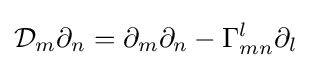
{\mathcal {D}}_{m}\partial _{n}=\partial _{m}\partial _{n}-\Gamma _{mn}^{l}\partial _{l}